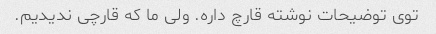
توی توضیحات نوشته قارچ داره. ولی ما که قارچی ندیدیم.